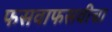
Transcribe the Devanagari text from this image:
फसवाफसवीचा